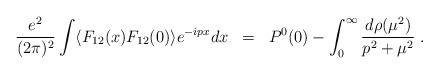
\begin{align*}\frac{e^2}{(2\pi)^2}\int \langle F_{12}(x) F_{12}(0) \rangle e^{-ipx}dx \; \; = \; \; P^0(0) - \int_0^\infty \frac{d\rho(\mu^2)}{p^2 + \mu^2} \; .\end{align*}